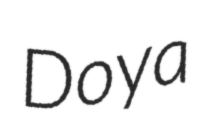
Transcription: Doya